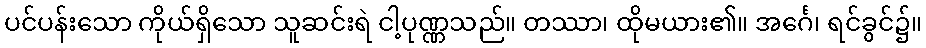
ပင်ပန်းသော ကိုယ်ရှိသော သူဆင်းရဲ ငါ့ပုဏ္ဏသည်။ တဿာ၊ ထိုမယား၏။ အင်္ဂေ၊ ရင်ခွင်၌။